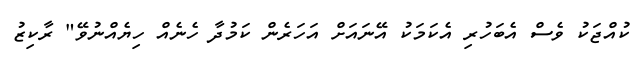
ކުއްޖަކު ވެސް އެބަހުރި އެކަމަކު އޭނައަށް އަހަރެން ކަމުދާ ހެނެއް ހިޔެއްނުވޭ" ރާކިޒު